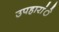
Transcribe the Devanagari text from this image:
उपहारांे